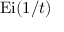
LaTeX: \operatorname { E i } ( 1 / t )